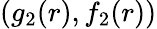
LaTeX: (g_{2}(r),f_{2}(r))